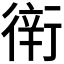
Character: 𧗶